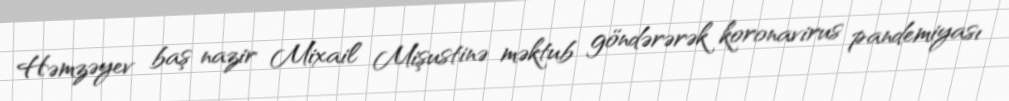
Həmzəyev baş nazir Mixail Mişustinə məktub göndərərək koronavirus pandemiyası